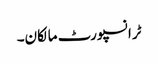
ٹرانسپورٹ مالکان۔